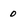
Character: 0